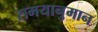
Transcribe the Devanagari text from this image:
समयानुमान